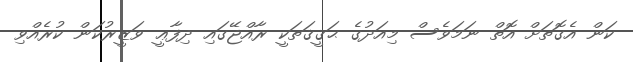
ކަން އެގޮތަށް އޮތް ނަމަވެސް މިއަދުގެ ޙަޤީޤަތަކީ ރާއްޖޭގައި ދިފާޢީ ވަޒީރުކަން ކުރެއްވި